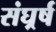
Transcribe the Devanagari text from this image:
संघर्र्ष